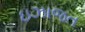
ઇઝાજત